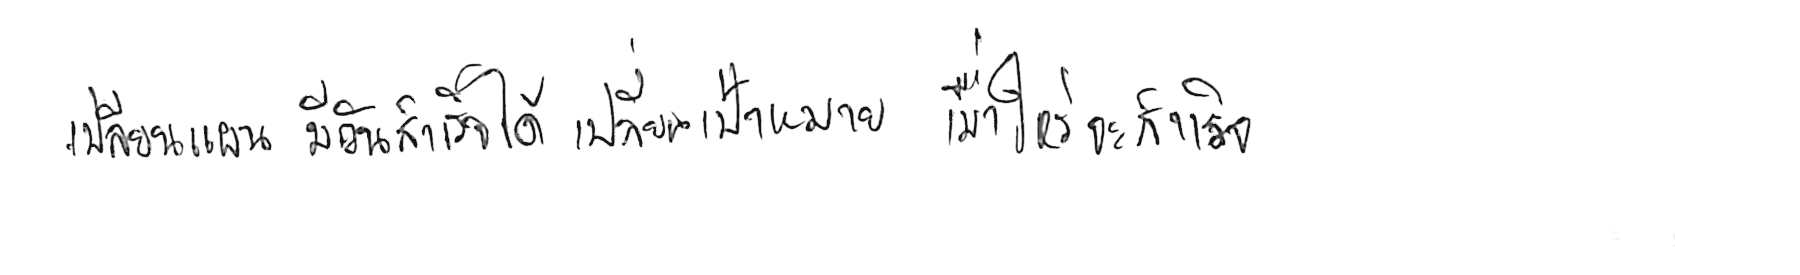
เปลี่ยนแผน มีวันสำเร็จได้ เปลี่ยนเป้าหมาย เมื่อไหร่จะสำเร็จ